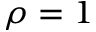
\rho = 1